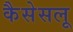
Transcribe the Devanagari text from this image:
कैसेसलू